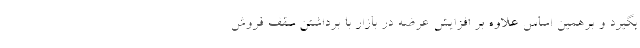
بگیرد و برهمین اساس علاوه بر افزایش عرضه در بازار با برداشتن سقف فروش